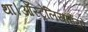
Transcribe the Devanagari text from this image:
था।ऑस्ट्रेलियाईयो